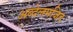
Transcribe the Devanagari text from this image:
अब्देलमजिद